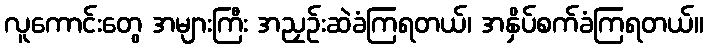
လူကောင်းတွေ အများကြီး အညှဉ်းဆဲခံကြရတယ်၊ အနှိပ်စက်ခံကြရတယ်။